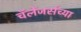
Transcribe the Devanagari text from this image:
चॅलेंजर्सच्या